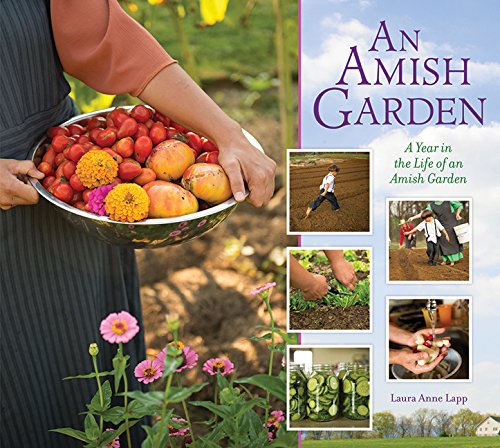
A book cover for Amish Garden: A Year In The Life Of An Amish Garden; Laura Anne Lapp; Crafts, Hobbies & Home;